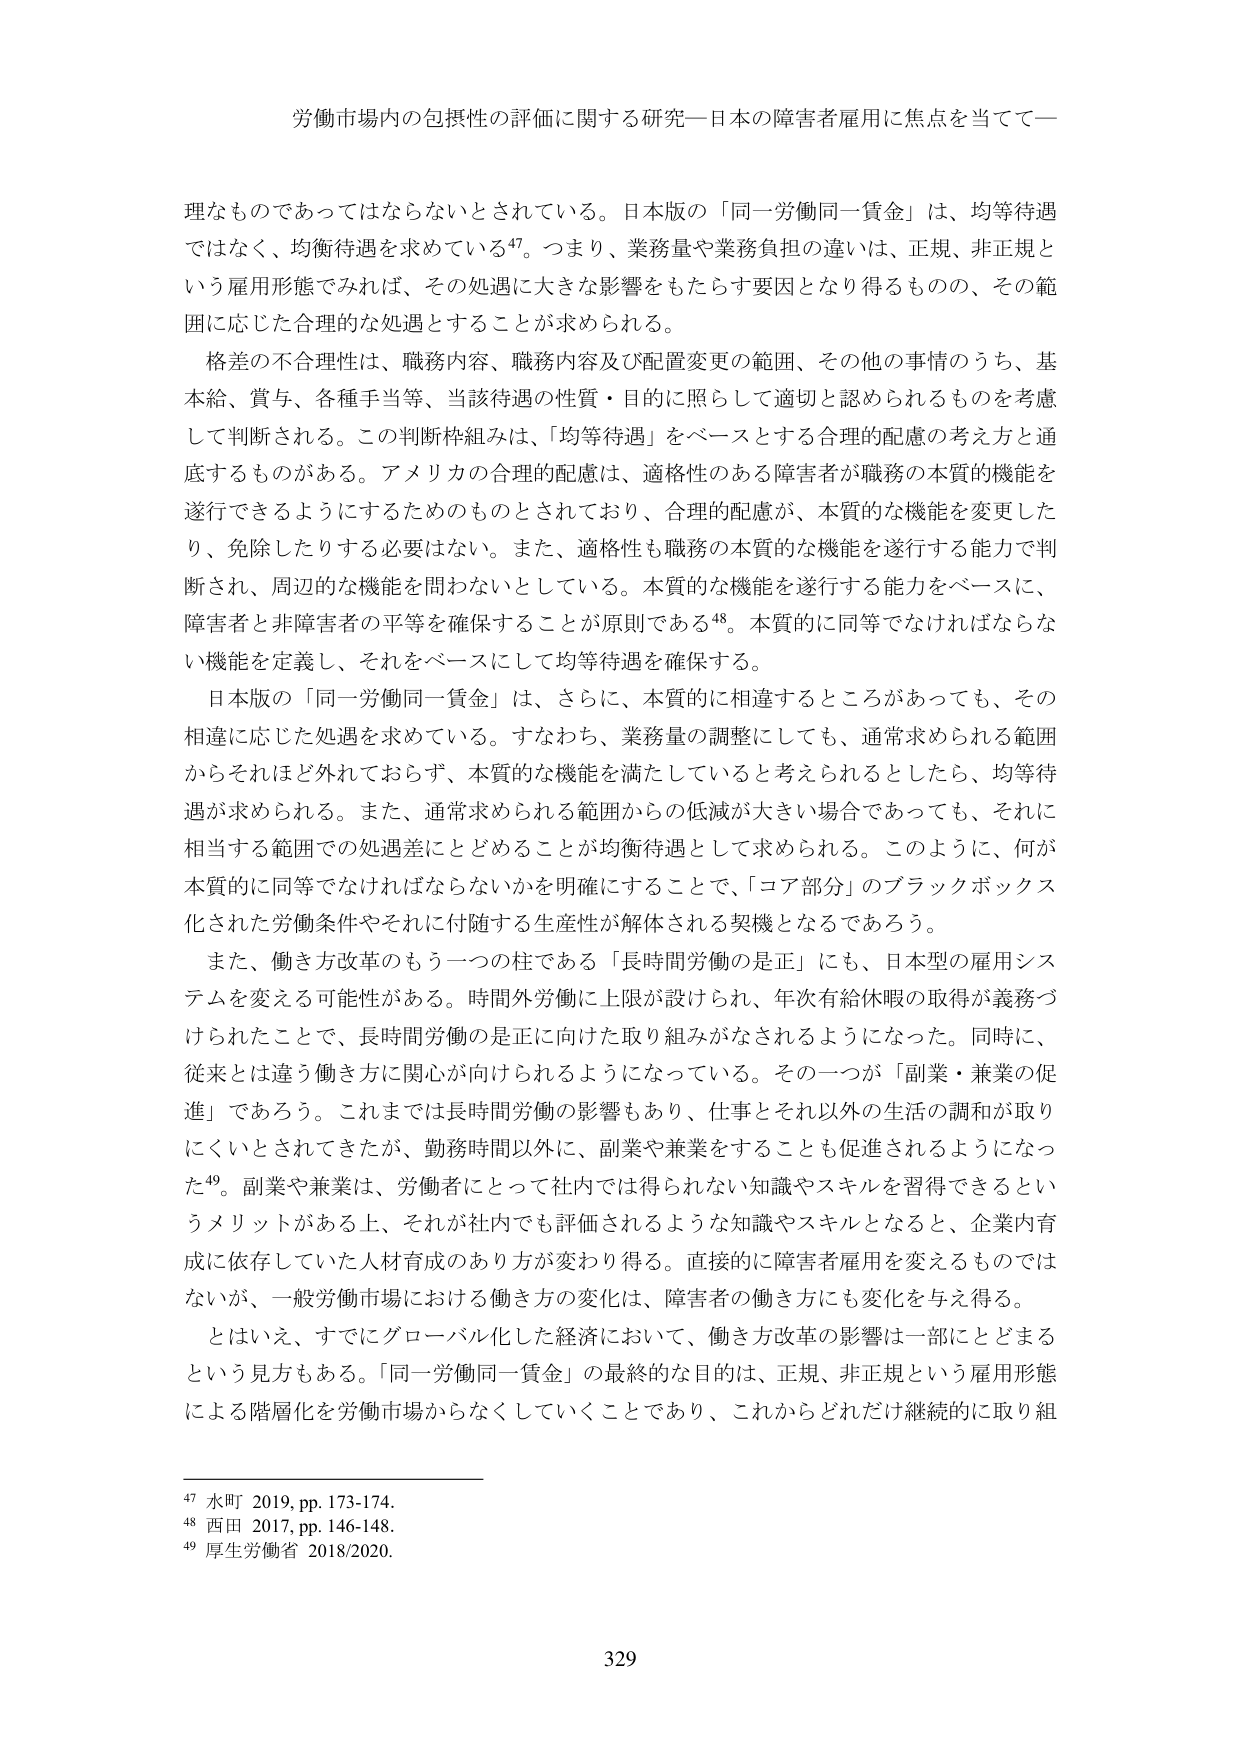
労働市場内の包摂性の評価に関する研究―日本の障害者雇用に焦点を当てて―

理なものであってはならないとされている。日本版の「同一労働同一賃金」は、均等待遇ではなく、均衡待遇を求めている47。つまり、業務量や業務負担の違いは、正規、非正規という雇用形態でみれば、その処遇に大きな影響をもたらす要因となり得るものので、その範囲に応じた合理的な処遇とすることが求められる。

格差の不合理性は、職務内容、職務内容及び配置変更の範囲、その他の事情のうち、基本給、賞与、各種手当等、当該待遇の性質・目的に照らして適切と認められるものを考慮して判断される。この判断枠組みは、「均等待遇」をベースとする合理的配慮の考え方と通底するものがある。アメリカの合理的配慮は、適格性のある障害者が職務の本質的機能を遂行できるようにするためのものとされており、合理的配慮が、本質的な機能を変更したり、免除したりする必要はない。また、適格性も職務の本質的な機能を遂行する能力で判断され、周辺的な機能を問わないとしている。本質的な機能を遂行する能力をベースに、障害者と非障害者の平等を確保することが原則である48。本質的に同等でなければならない機能を定義し、それをベースにして均等待遇を確保する。

日本版の「同一労働同一賃金」は、さらに、本質的に相違するところがあっても、その相違に応じた処遇を求めている。すなわち、業務量の調整にしても、通常求められる範囲からそれほど外れておらず、本質的な機能を満たしていると考えられるとしたら、均等待遇が求められる。また、通常求められる範囲からの低減が大きい場合であっても、それに相当する範囲での処遇差にとどめることが均衡待遇として求められる。このように、何が本質的に同等でなければならないかを明確にすることで、「コア部分」のブラックボックス化された労働条件やそれに付随する生産性が解体される契機となるであろう。

また、働き方改革のもう一つの柱である「長時間労働の是正」にも、日本型の雇用システムを変える可能性がある。時間外労働に上限が設けられ、年次有給休暇の取得が義務づけられたことで、長時間労働の是正に向けた取り組みがなされるようになった。同時に、従来とは違う働き方に関心が向けられるようになっている。その一つが「副業・兼業の促進」であろう。これまでは長時間労働の影響もあり、仕事とそれ以外の生活の調和が取りにくいとされてきたが、勤務時間以外に、副業や兼業をすることも促進されるようになった49。副業や兼業は、労働者にとって社内では得られない知識やスキルを習得できるというメリットがある上、それが社内でも評価されるような知識やスキルとなると、企業内育成に依存していた人材育成のあり方が変わり得る。直接的に障害者雇用を変えるものではないが、一般労働市場における働き方の変化は、障害者の働き方にも変化を与える。

とはいえ、すでにグローバル化した経済において、働き方改革の影響は一部にとどまるという見方もある。「同一労働同一賃金」の最終的な目的は、正規、非正規という雇用形態による階層化を労働市場からなくしていくことであり、これからどれだけ継続的に取り組

47 水町 2019, pp. 173-174.
48 西田 2017, pp. 146-148.
49 厚生労働省 2018/2020.

329